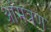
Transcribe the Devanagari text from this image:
आंमत्रण